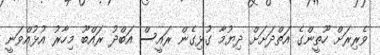
ވެރިރަށް ހޫތީންގެ އަތްދަށަށް ދިޔުމާ ގުޅިގެން ރައީސް އަބްދު ރައްބޫ މިހާރު އުޅުއްވަނީ